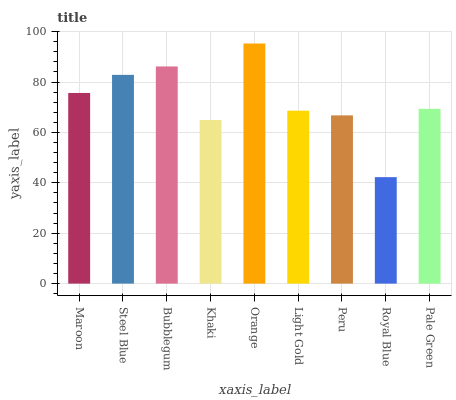
| xaxis_label | bars |
 | --- | --- |
 | Maroon | 75.7 |
 | Steel Blue | 82.8 |
 | Bubblegum | 86.2 |
 | Khaki | 64.9 |
 | Orange | 95.3 |
 | Light Gold | 68.6 |
 | Peru | 66.8 |
 | Royal Blue | 42.3 |
 | Pale Green | 69.4 |